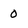
Character: 0